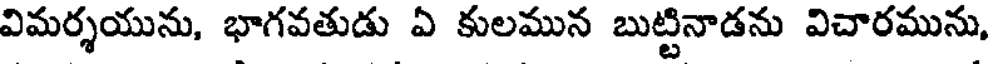
విమర్శయును, భాగవతుడు ఏ కులమున బుట్టినాడను విచారమును,